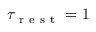
\tau _ { \mathrm { ~ r ~ e ~ s ~ t ~ } } = 1